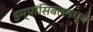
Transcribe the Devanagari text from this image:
इम्पॉसिबलमध्ये